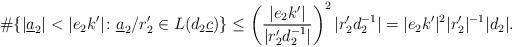
LaTeX: \begin{align*}\#\{|\underline{a}_2|<|e_2k'|\colon \underline{a}_2/r_2' \in L(d_2\underline{c})\}\leq \left(\frac{|e_2k'|}{|r_2'd_2^{-1}|}\right)^{2}|r_2'd_2^{-1}| = |e_2k'|^2|r_2'|^{-1}|d_2|.\end{align*}